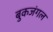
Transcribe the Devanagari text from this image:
बुकजंगल